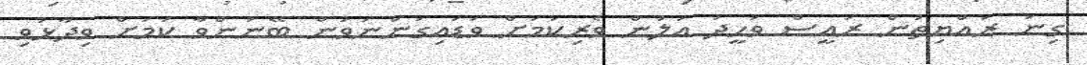
ގިނަ ރައްޔިތުން ރައީސް ވަހީދު އަލުން ވެރިކަމަށް ވަޑައިގަންނަވަން ބޭނުންވާ ކަމަށް ވިދާޅުވި